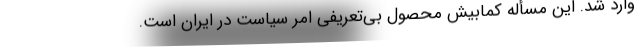
وارد شد. این مسأله کمابیش محصول بی‌تعریفی امر سیاست در ایران است.